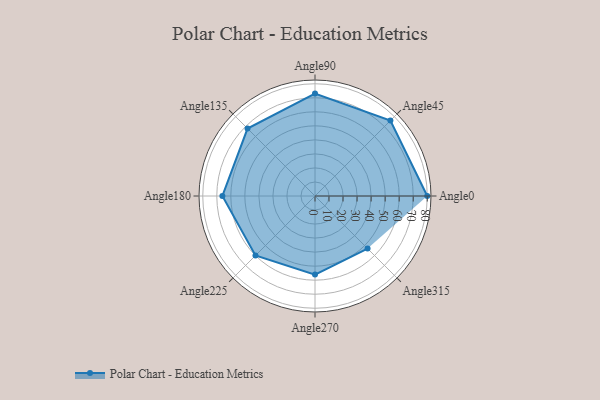
{"axis": {"x": "Angle", "y": "Radius"}, "legend": [""], "data": [{"x": "Angle0", "y": 80.0, "type": ""}, {"x": "Angle45", "y": 76.0, "type": ""}, {"x": "Angle90", "y": 73.0, "type": ""}, {"x": "Angle135", "y": 68.0, "type": ""}, {"x": "Angle180", "y": 66.0, "type": ""}, {"x": "Angle225", "y": 60.0, "type": ""}, {"x": "Angle270", "y": 56.0, "type": ""}, {"x": "Angle315", "y": 53.0, "type": ""}]}